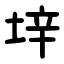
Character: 垶